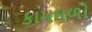
કામમળો